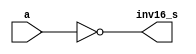
module inv16 (a, inv16_s);
  input wire [15:0] a;
  output wire [15:0] inv16_s;
  assign inv16_s = ~a;   
endmodule